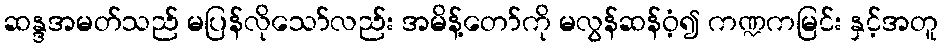
ဆန္ဒအမတ်သည် မပြန်လိုသော်လည်း အမိန့်တော်ကို မလွန်ဆန်ဝံ့၍ ကဏ္ဍကမြင်း နှင့်အတူ